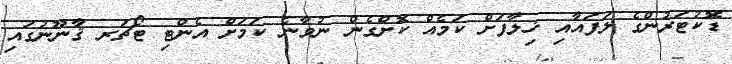
ޑޮކުޓަރުންގެ ލަފައާއި ޚިލާފަށް ކަމެއް ކޮށްގެން ނުވާނެ ކަމަަށް އެންޓި ޓޯޗަރ ޤާނޫނުގައި